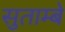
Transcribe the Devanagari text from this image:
सुताम्बे